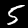
Label: 5